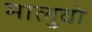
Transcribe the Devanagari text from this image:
मालुवो